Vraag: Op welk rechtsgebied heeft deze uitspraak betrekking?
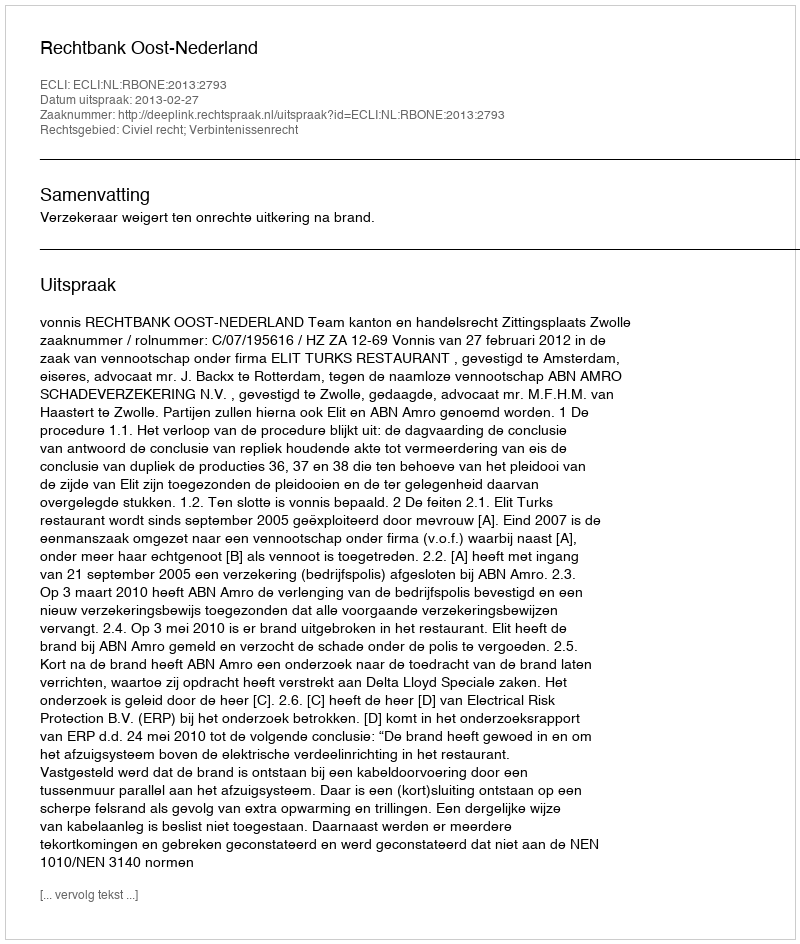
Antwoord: Civiel recht; Verbintenissenrecht